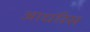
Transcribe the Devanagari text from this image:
आधरिस